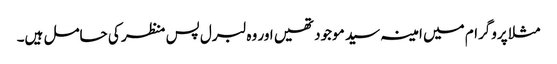
مثلا پروگرام میں امینہ سید موجود تھیں اور وہ لبرل پس منظر کی حامل ہیں۔